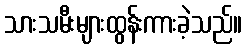
သားသမီးများထွန်းကားခဲ့သည်။